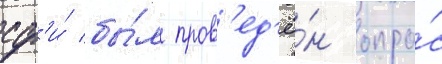
сф'и́ бы́л пров'ед'ё́н опро́с